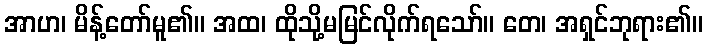
အာဟ၊ မိန့်တော်မူ၏။ အထ၊ ထိုသို့မမြင်လိုက်ရသော်။ တေ၊ အရှင်ဘုရား၏။